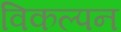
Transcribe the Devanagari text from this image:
विकल्पन